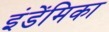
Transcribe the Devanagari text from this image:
इंडेंमिका